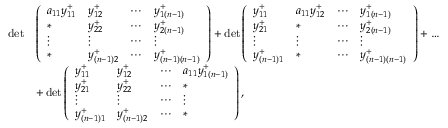
\begin{array} { r l } { \operatorname* { d e t } } & { \left( \begin{array} { l l l l } { a _ { 1 1 } y _ { 1 1 } ^ { + } } & { y _ { 1 2 } ^ { + } } & { \cdots } & { y _ { 1 ( n - 1 ) } ^ { + } } \\ { * } & { y _ { 2 2 } ^ { + } } & { \cdots } & { y _ { 2 ( n - 1 ) } ^ { + } } \\ { \vdots } & { \vdots } & { \cdots } & { \vdots } \\ { * } & { y _ { ( n - 1 ) 2 } ^ { + } } & { \cdots } & { y _ { ( n - 1 ) ( n - 1 ) } ^ { + } } \end{array} \right) + \operatorname* { d e t } \left( \begin{array} { l l l l } { y _ { 1 1 } ^ { + } } & { a _ { 1 1 } y _ { 1 2 } ^ { + } } & { \cdots } & { y _ { 1 ( n - 1 ) } ^ { + } } \\ { y _ { 2 1 } ^ { + } } & { * } & { \cdots } & { y _ { 2 ( n - 1 ) } ^ { + } } \\ { \vdots } & { \vdots } & { \cdots } & { \vdots } \\ { y _ { ( n - 1 ) 1 } ^ { + } } & { * } & { \cdots } & { y _ { ( n - 1 ) ( n - 1 ) } ^ { + } } \end{array} \right) + \dots } \\ & { + \operatorname* { d e t } \left( \begin{array} { l l l l } { y _ { 1 1 } ^ { + } } & { y _ { 1 2 } ^ { + } } & { \cdots } & { a _ { 1 1 } y _ { 1 ( n - 1 ) } ^ { + } } \\ { y _ { 2 1 } ^ { + } } & { y _ { 2 2 } ^ { + } } & { \cdots } & { * } \\ { \vdots } & { \vdots } & { \cdots } & { \vdots } \\ { y _ { ( n - 1 ) 1 } ^ { + } } & { y _ { ( n - 1 ) 2 } ^ { + } } & { \cdots } & { * } \end{array} \right) , } \end{array}